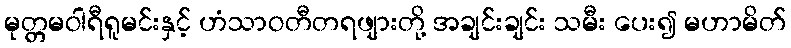
မုတ္တမဝါရီရူမင်းနှင့် ဟံသာဝတီတရဖျားတို့ အချင်းချင်း သမီး ပေး၍ မဟာမိတ်